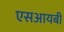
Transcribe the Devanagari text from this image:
एसआयबी